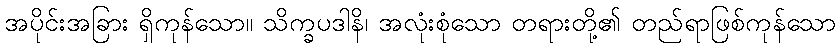
အပိုင်းအခြား ရှိကုန်သော။ သိက္ခပဒါနိ၊ အလုံးစုံသော တရားတို့၏ တည်ရာဖြစ်ကုန်သော